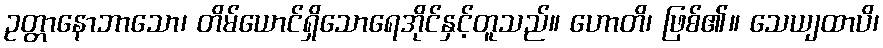
ဥတ္တာနောဘာသော၊ တိမ်ယောင်ရှိသောရေအိုင်နှင့်တူသည်။ ဟောတိ၊ ဖြစ်၏။ သေယျထာပိ၊